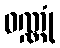
ဝဏ္ဏုံ